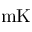
\mathrm { m K }